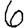
Digit: 6